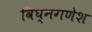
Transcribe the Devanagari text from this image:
विघ्नगणेश